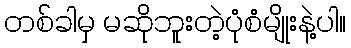
တစ်ခါမှ မဆိုဘူးတဲ့ပုံစံမျိုးနဲ့ပါ။